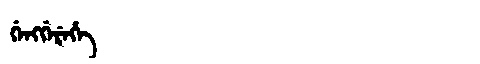
Manchu: ᡤᡝᠩᡤᡝᡵᡝᡥᡝ
Romanization: GENGGEREHE